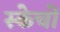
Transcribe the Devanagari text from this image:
स्केचों